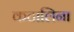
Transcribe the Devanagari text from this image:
कटालिना